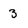
Character: 3